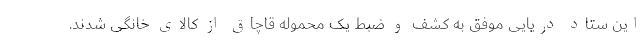
این ستاد دریایی موفق به کشف و ضبط یک محموله قاچاق از کالای خانگی شدند.